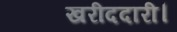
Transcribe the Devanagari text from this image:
खरीददारी।